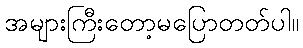
အများကြီးတော့မပြောတတ်ပါ။